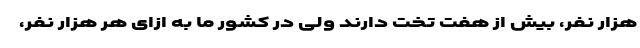
هزار نفر، بیش از هفت تخت دارند ولی در کشور ما به ازای هر هزار نفر،